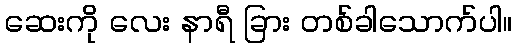
ဆေးကို လေး နာရီ ခြား တစ်ခါသောက်ပါ။